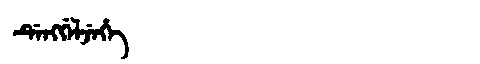
Manchu: ᡩᡝᠩᡤᡝᠯᠵᡝᡥᡝ
Romanization: DENGGELJEHE